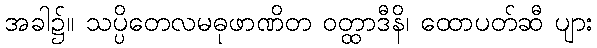
အခါ၌။ သပ္ပိတေလမဓုဖာဏိတ ဝတ္ထာဒီနိ၊ ထောပတ်ဆီ ပျား